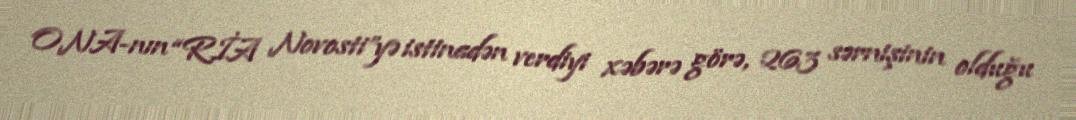
ONA-nın “RİA Novosti”yə istinadən verdiyi xəbərə görə, 263 sərnişinin olduğu